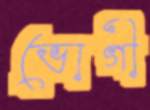
ভোগী